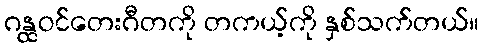
ဂန္ထဝင်တေးဂီတကို တကယ့်ကို နှစ်သက်တယ်။